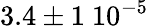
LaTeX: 3.4\pm 1~10^{-5}